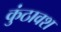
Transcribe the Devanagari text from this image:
कुंठावश